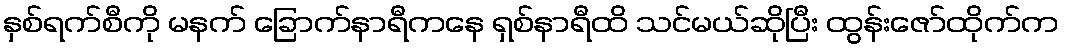
နှစ်ရက်စီကို မနက် ခြောက်နာရီကနေ ရှစ်နာရီထိ သင်မယ်ဆိုပြီး ထွန်းဇော်ထိုက်က